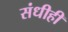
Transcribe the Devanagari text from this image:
संधीही